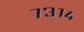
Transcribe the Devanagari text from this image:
७३१४